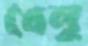
খেলু